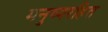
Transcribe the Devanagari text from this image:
मनुष्यरहित